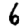
Digit: 6